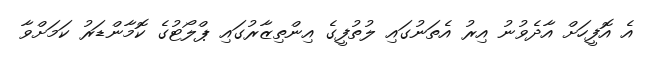
އެ އޮފީހަށް އާދެވުނު އިރު އެތަނުގައި ލުތުފީގެ އިންތިޒާރުގައި ޕްލޯޓުގެ ކޮމާންޑަރު ކަމަށްވާ